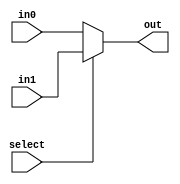
module busmux_2(out, select, in0, in1);
    input select;
    input [31:0] in0, in1;
    output [31:0] out;
    assign out = select ? in1 : in0;
endmodule